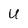
Character: U